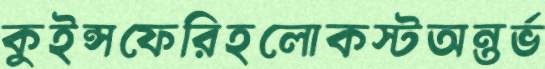
কুইন্সফেরিহলোকস্টঅন্তর্ভ